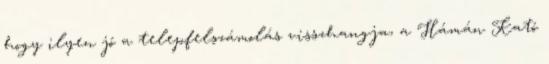
hogy ilyen jó a telepfelszámolás visszhangja, a Hámán Kató